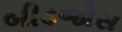
બીડજોસ